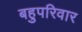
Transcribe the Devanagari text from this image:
बहुपरिवार